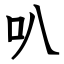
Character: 叭